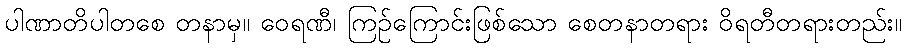
ပါဏာတိပါတစေ တနာမှ။ ဝေရဏီ၊ ကြဉ်ကြောင်းဖြစ်သော စေတနာတရား ဝိရတီတရားတည်း။